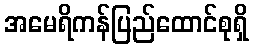
အမေရိကန်ပြည်ထောင်စုရှိ